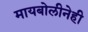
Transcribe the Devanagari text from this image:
मायबोलीनेही